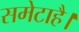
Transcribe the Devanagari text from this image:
समेटाहै।